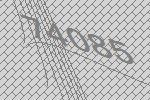
74085